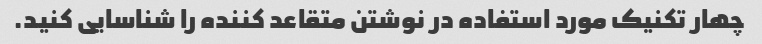
چهار تکنیک مورد استفاده در نوشتن متقاعد کننده را شناسایی کنید.